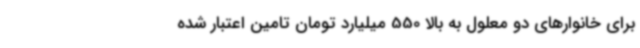
برای خانوارهای دو معلول به بالا 550 میلیارد تومان تامین اعتبار شده